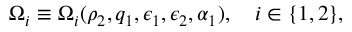
\Omega _ { i } \equiv \Omega _ { i } ( \rho _ { 2 } , q _ { 1 } , \epsilon _ { 1 } , \epsilon _ { 2 } , \alpha _ { 1 } ) , \quad i \in \{ 1 , 2 \} ,